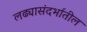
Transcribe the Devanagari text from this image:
लढ्यासंदर्भातील